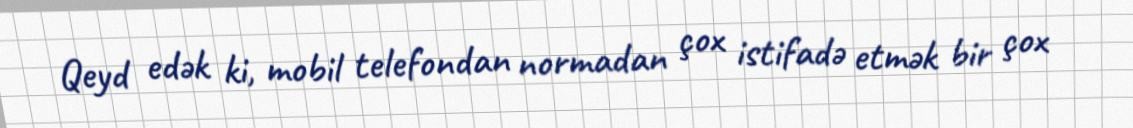
Qeyd edək ki, mobil telefondan normadan çox istifadə etmək bir çox